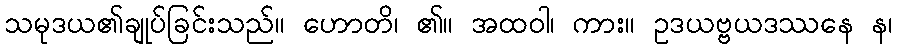
သမုဒယ၏ချုပ်ခြင်းသည်။ ဟောတိ၊ ၏။ အထဝါ၊ ကား။ ဥဒယဗ္ဗယဒဿနေ န၊